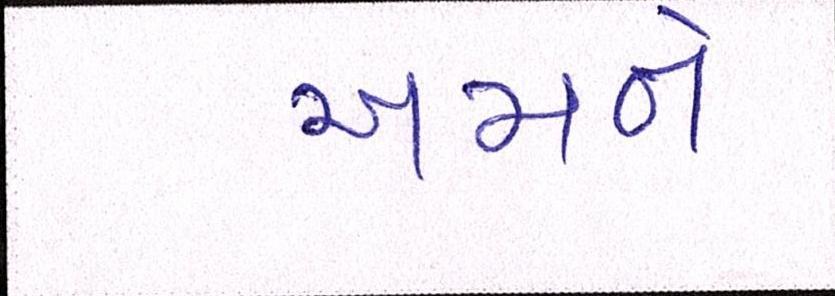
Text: અમને